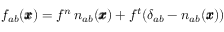
f _ { a b } ( { \pmb x } ) = f ^ { n } \, n _ { a b } ( \pmb x ) + f ^ { t } ( \delta _ { a b } - n _ { a b } ( \pmb x ) )